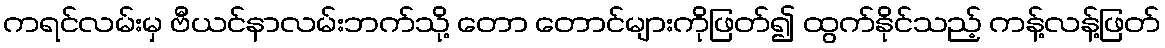
ကရင်လမ်းမှ ဗီယင်နာလမ်းဘက်သို့ တော တောင်များကိုဖြတ်၍ ထွက်နိုင်သည့် ကန့်လန့်ဖြတ်